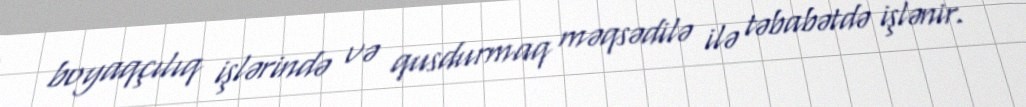
boyaqçılıq işlərində və qusdurmaq məqsədilə ilə təbabətdə işlənir.